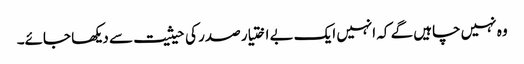
وہ نہیں چاہیں گے کہ انہیں ایک بے اختیار صدر کی حیثیت سے دیکھا جائے۔